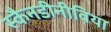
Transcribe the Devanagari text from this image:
स्कैनडीनीविया